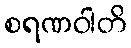
စရဏဝါတိ